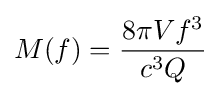
M(f)={\frac {8\pi Vf^{3}}{c^{3}Q}}